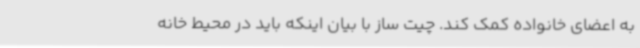
به اعضای خانواده کمک کند. چیت ساز با بیان اینکه باید در محیط خانه